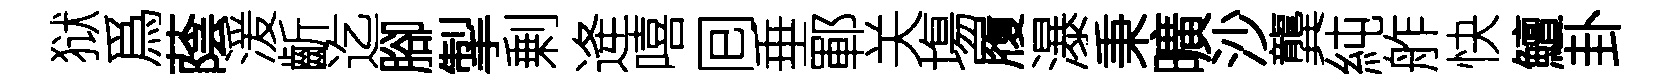
狱爲蔭湲齗迄腳掣剰逄嘻囘垂鄆关塲履瀑秉曠沙龔純舴快鱣卦